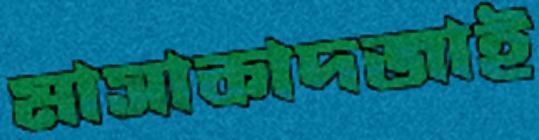
মাসাকাদজাই